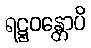
ရဋ္ဌဝန္တောပိ